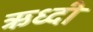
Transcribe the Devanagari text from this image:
ऋध्दी